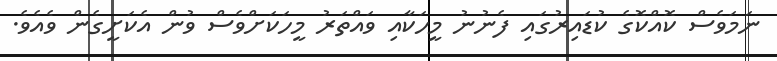
ނަމަވެސް ކޮއްކޮގެ ކުޑައިރުގައި ފެނުނު މީހަކާއި ވައްތަރު މީހަކަށްވެސް ވުން އެކަށީގެން ވެއެވެ.